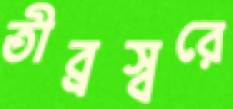
তীব্রস্বরে